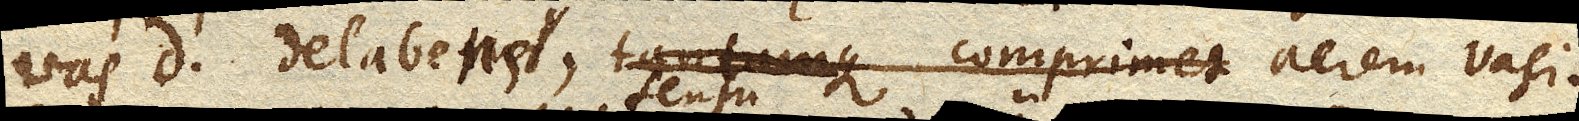
vas D. delabens, tantumque comprimet aerem vasis